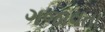
ગજાવતા